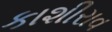
કાશીરાવ